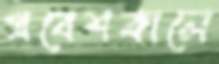
প্রবেশকালে